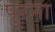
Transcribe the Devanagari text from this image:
पुरना